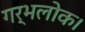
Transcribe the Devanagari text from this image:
गर्भलोक।